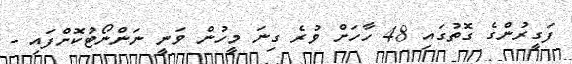
ފަގީރުންގެ ގޮތުގައި 48 ހާހަށް ވުރެ ގިނަ މީހުން ވަނީ ނަންނޯޓުކޮށްފައި -